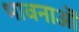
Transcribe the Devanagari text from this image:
भावनाऒं